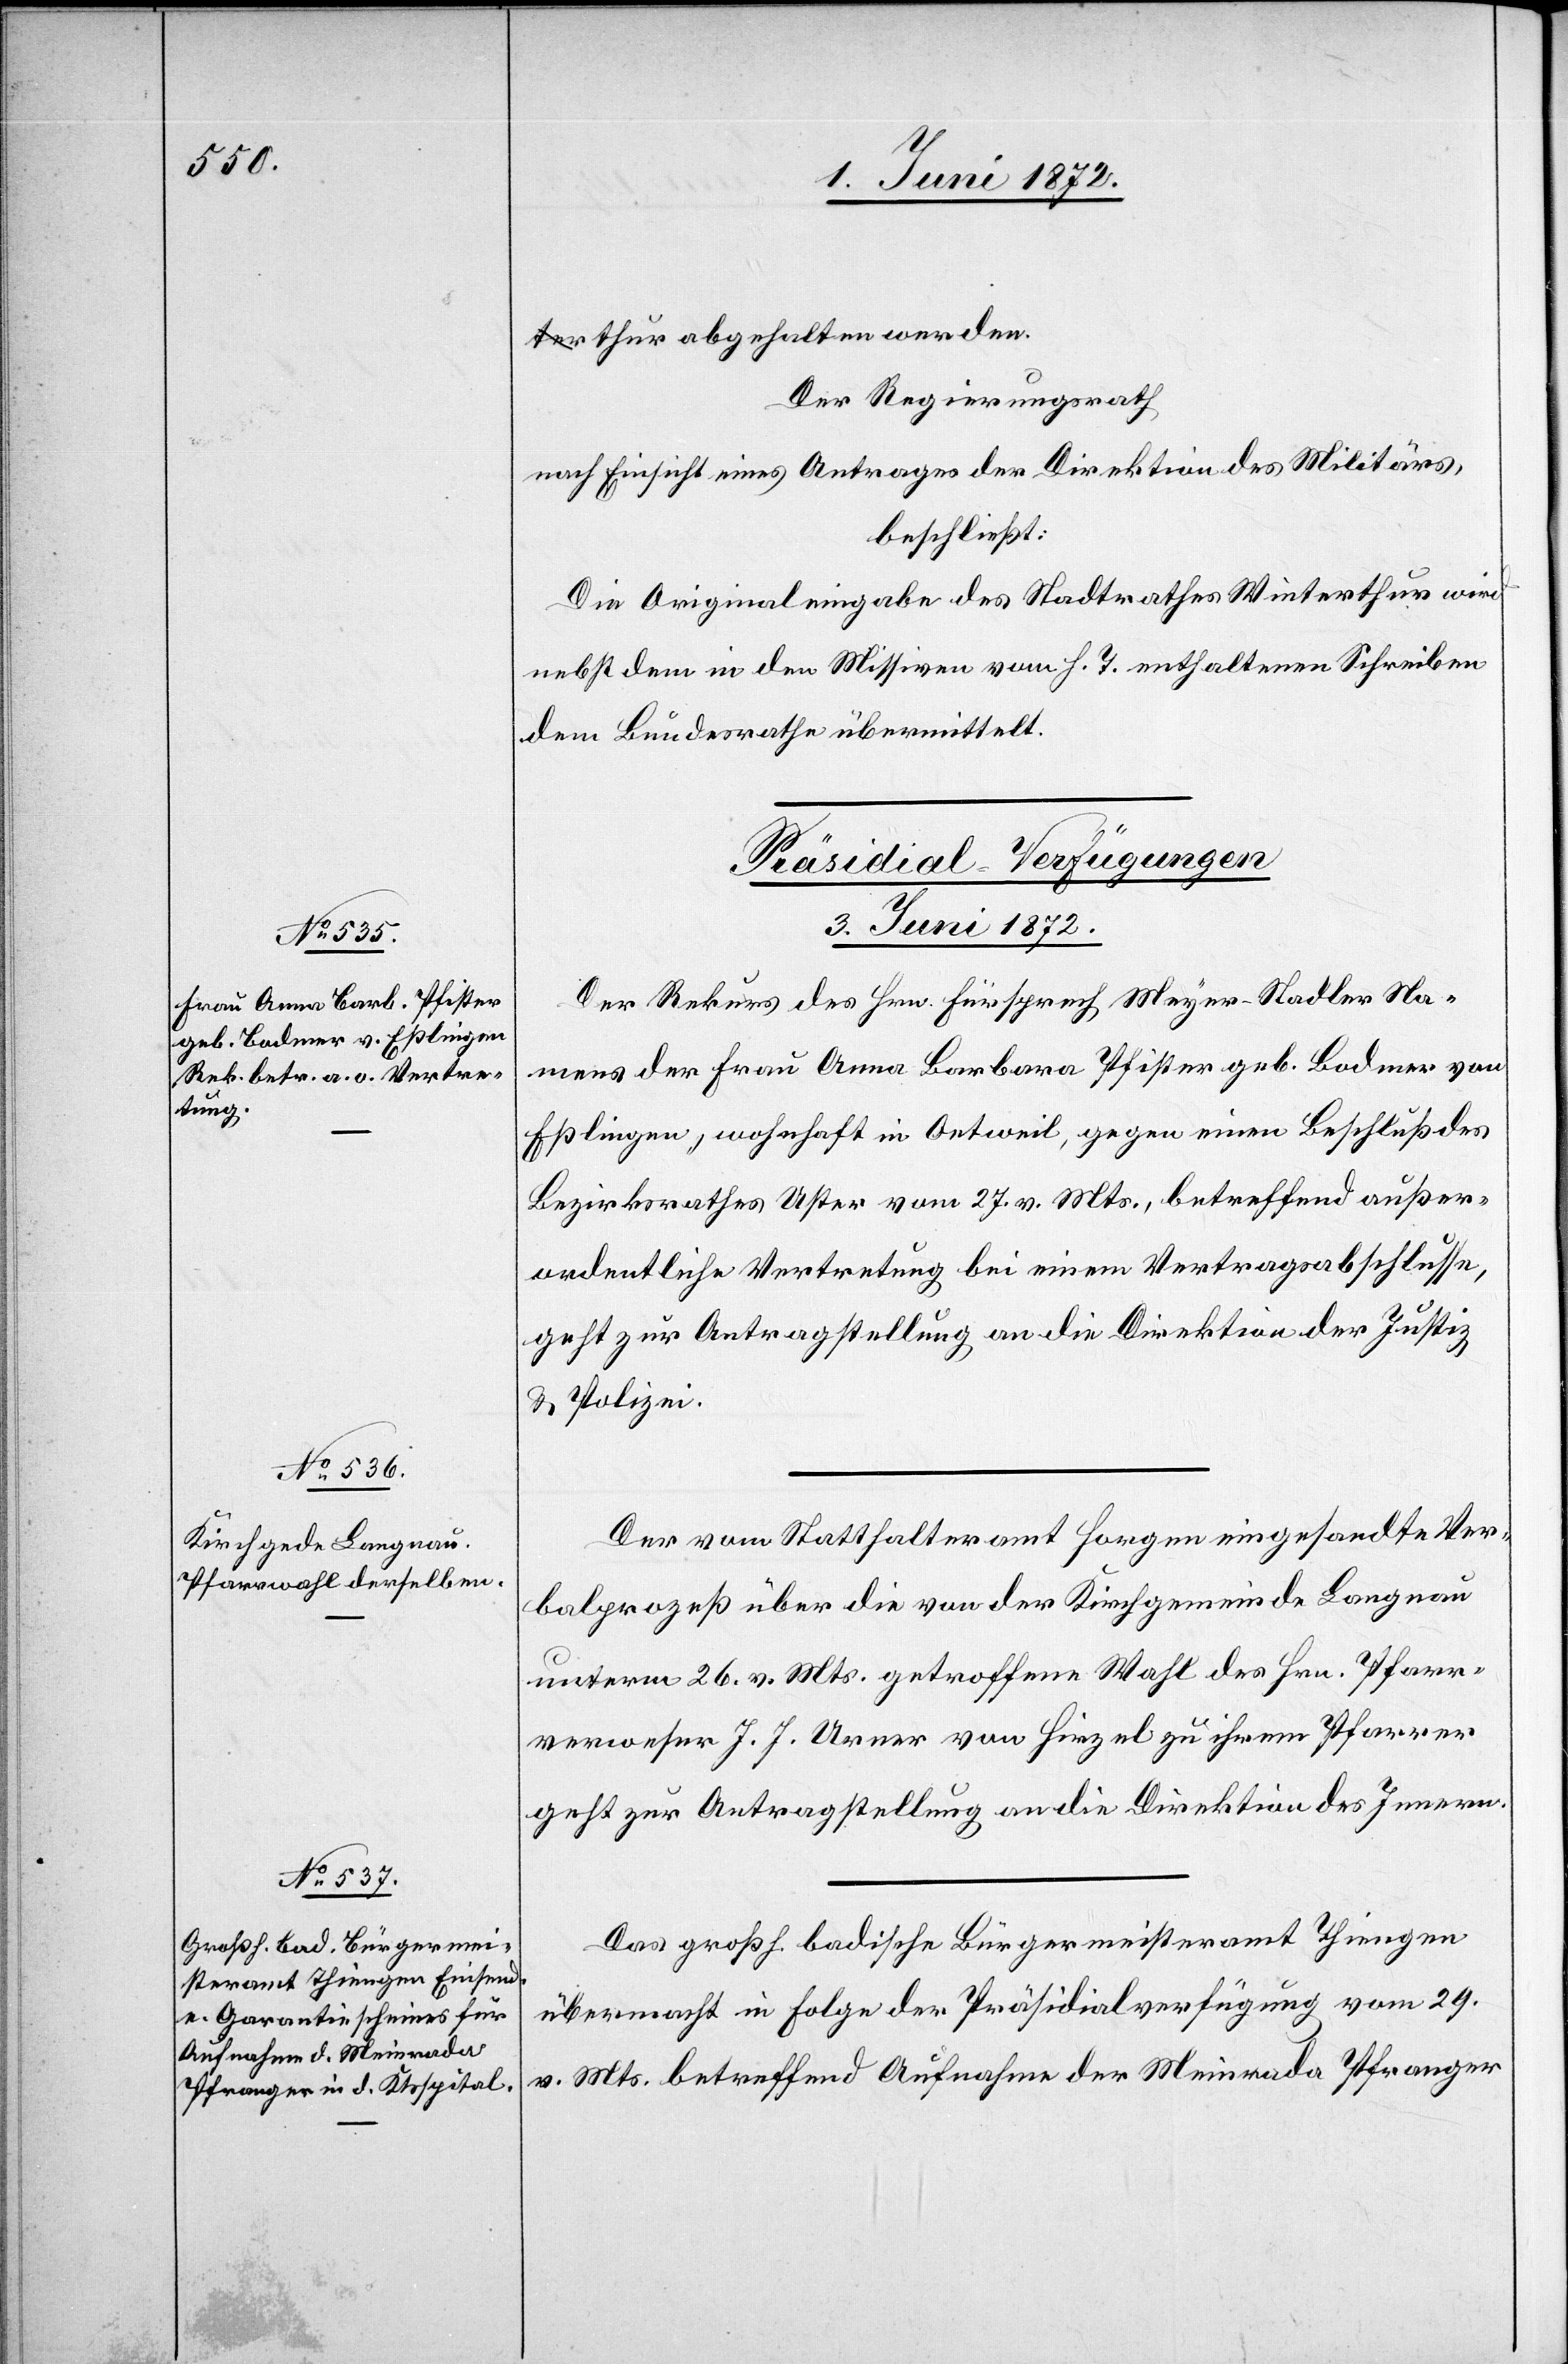
thur abgehalten werden.
Der Regierungsrath
nach Einsicht eines Antrages der Direktion des Militärs,
beschließt:
Die Originaleingabe des Stadtrathes Winterthur wird
nebst dem in den Missiven vom h. T. enthaltenen Schreiben
dem Bundesrathe übermittelt.
[Präsidial-Verfügungen
3. Juni 1872.]
Der Rekurs des Hrn. Fürsprech Meyer-Stadler Na¬
mens der Frau Anna Barbara Pfister geb. Bodmer von
Eßlingen, wohnhaft in Oetweil, gegen einen Beschluß des
Bezirksrathes Uster vom 27. v. Mts., betreffend außer¬
ordentliche Vertretung bei einem Vertragsabschlusse,
geht zur Antragstellung an die Direktion der Justiz
u. Polizei.
Der vom Statthalteramt Horgen eingesandte Ver¬
balprozeß über die von der Kirchgemeinde Langnau
unterm 26. v. Mts. getroffene Wahl des Hrn. Pfarr¬
verweser J. J. Urner von Hirzel zu ihrem Pfarrer
geht zur Antragstellung an die Direktion des Innern.
Das großh. badische Bürgermeisteramt Thiengen
übermacht in Folge der Präsidialverfügung vom 29.
v. Mts. betreffend Aufnahme der Meinrada Pfranger